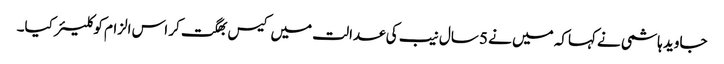
جاوید ہاشمی نے کہاکہ میں نے 5 سال نیب کی عدالت میں کیس بھگت کر اس الزام کو کلیئر کیا۔